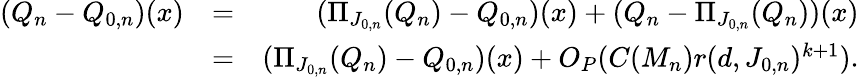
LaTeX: \begin{array}{rlr}{(Q_{n}-Q_{0,n})(x)}&{=}&{(\Pi_{J_{0,n}}(Q_{n})-Q_{0,n})(x)+(Q_{n}-\Pi_{J_{0,n}}(Q_{n}))(x)}\\ &{=}&{(\Pi_{J_{0,n}}(Q_{n})-Q_{0,n})(x)+O_{P}(C(M_{n})r(d,J_{0,n})^{k+1}).}\end{array}